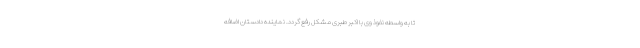
تا به واسطه نفوذ وی با اکبر طبری مشکل رفع گردد. نماینده دادستان اضافه